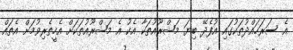
އެ ސަރަހައްދުތަކުގައި އުފެދޭ ބިޔަ މަޝްރޫއުތަކާ އެކު އެ މަޝްރޫއުތަކަށް އެހީތެރިވުމަށް އެތައް